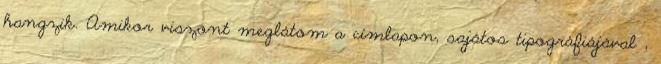
hangzik. Amikor viszont meglátom a címlapon, sajátos tipográfiájával ,